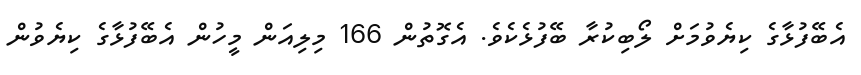
އެބޭފުޅާގެ ކިޔެވުމަށް ލޯބިކުރާ ބޭފުޅެކެވެ. އެގޮތުން 166 މިލިއަން މީހުން އެބޭފުޅާގެ ކިޔެވުން